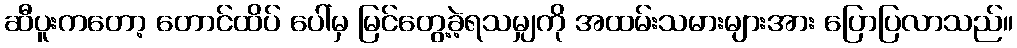
ဆီပူးကတော့ တောင်ထိပ် ပေါ်မှ မြင်တွေ့ခဲ့ရသမျှကို အထမ်းသမားများအား ပြောပြလာသည်။